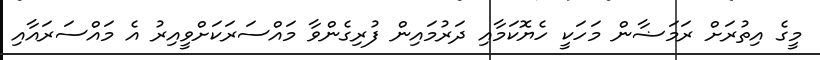
މީގެ އިތުރަށް ރަމަޟާން މަހަކީ ހެޔޮކަމާއި ދަރުމައިން ފުރިގެންވާ މައްސަރަކަށްވީއިރު އެ މައްސަރައާއި